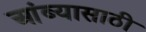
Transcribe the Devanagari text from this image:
आंब्यासाठी